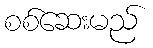
စစ်ဆေးမည်